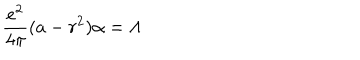
{ \frac { e ^ { 2 } } { 4 \pi } } ( a - r ^ { 2 } ) \alpha = \Lambda